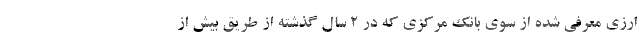
ارزی معرفی شده از سوی بانک مرکزی که در ۲ سال گذشته از طریق بیش از